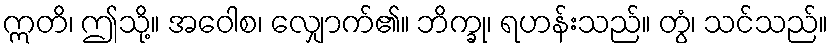
ဣတိ၊ ဤသို့။ အဝေါစ၊ လျှောက်၏။ ဘိက္ခု၊ ရဟန်းသည်။ တွံ၊ သင်သည်။